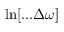
\ln [ . . . \Delta \omega ]